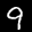
Label: 9